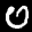
Label: 0